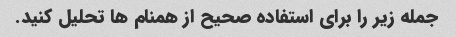
جمله زیر را برای استفاده صحیح از همنام ها تحلیل کنید.